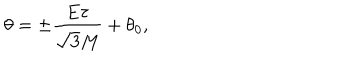
\theta = \pm \frac { E \tau } { \sqrt { 3 } M } + \theta _ { 0 } ,